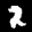
Label: 2